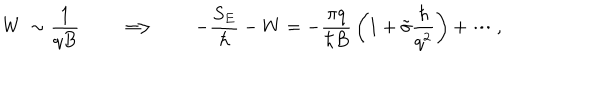
W \: \sim \frac { 1 } { q B } \qquad \Longrightarrow \qquad - \frac { S _ { E } } { \hbar } - W = - \frac { \pi q } { \hbar B } \, \biggl ( 1 + \tilde { \sigma } \frac { \hbar } { q ^ { 2 } } \biggr ) + \cdots ,